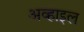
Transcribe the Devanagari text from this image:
अव्हाइल